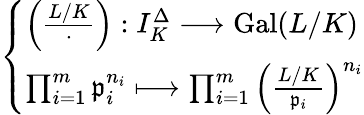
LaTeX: {\left\{ \begin{array}{ll}{\left({\frac{L/K}{\cdot}}\right):I_{K}^{\Delta}\longrightarrow\operatorname{Gal}(L/K)}\\ {\prod_{i=1}^{m}{\mathfrak{p}}_{i}^{n_{i}}\longmapsto\prod_{i=1}^{m}\left({\frac{L/K}{{\mathfrak{p}}_{i}}}\right)^{n_{i}}}\end{array}\right.}